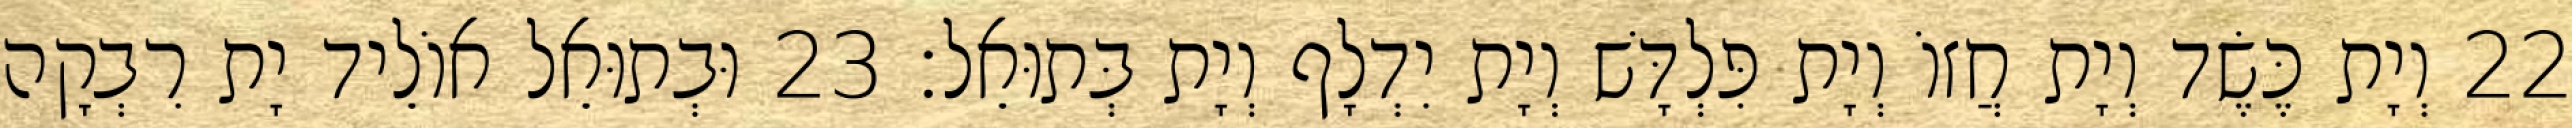
22 וְיָת כֶּשֶׂד וְיָת חֲזוֹ וְיָת פִּלְדָּשׁ וְיָת יִדְלָף וְיָת בְּתוּאֵל׃ 23 וּבְתוּאֵל אוֹלֵיד יָת רִבְקָה